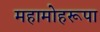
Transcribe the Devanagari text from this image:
महामोहरूपा